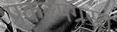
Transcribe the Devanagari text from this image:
प्रकल्पग्रस्त